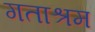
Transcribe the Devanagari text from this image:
गताश्रम